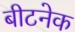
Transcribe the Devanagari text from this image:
बीटनेक